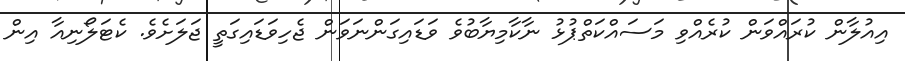
އިއުލާން ކުރައްވަން ކުރެއްވި މަސައްކަތްޕުޅު ނާކާމިޔާބުވެ ވަަޑައިގަންނަވަން ޖެހިވަޑައިގަތީ ޖަލަށެވެ. ކެޓަލޯނިއާ އިން